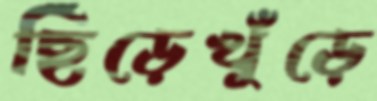
ছিঁড়েখুঁড়ে